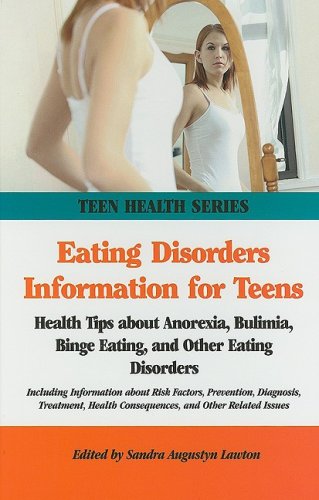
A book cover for Eating Disorders Information for Teens: Health Tips About Anorexia, Bulimia, Binge Eating, and Other Eating Disorders (Teen Health Series); Health, Fitness & Dieting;